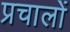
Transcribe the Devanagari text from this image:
प्रचालों